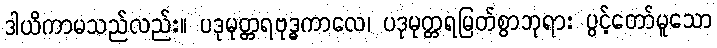
ဒါယိကာမသည်လည်း။ ပဒုမုတ္တရဗုဒ္ဓကာလေ၊ ပဒုမုတ္တရမြတ်စွာဘုရား ပွင့်တော်မူသော